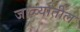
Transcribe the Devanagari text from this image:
जाळ्यातील